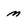
Character: m